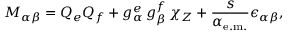
{ \cal M } _ { \alpha \beta } = Q _ { e } Q _ { f } + g _ { \alpha } ^ { e } \, g _ { \beta } ^ { f } \, \chi _ { Z } + \frac { s } { \alpha _ { \mathrm { e . m . } } } \epsilon _ { \alpha \beta } ,